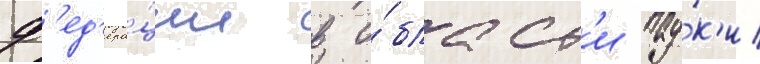
ф'ед'ера́ции в о́бласт'и нау́к'и